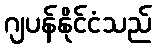
ဂျပန်နိုင်ငံသည်